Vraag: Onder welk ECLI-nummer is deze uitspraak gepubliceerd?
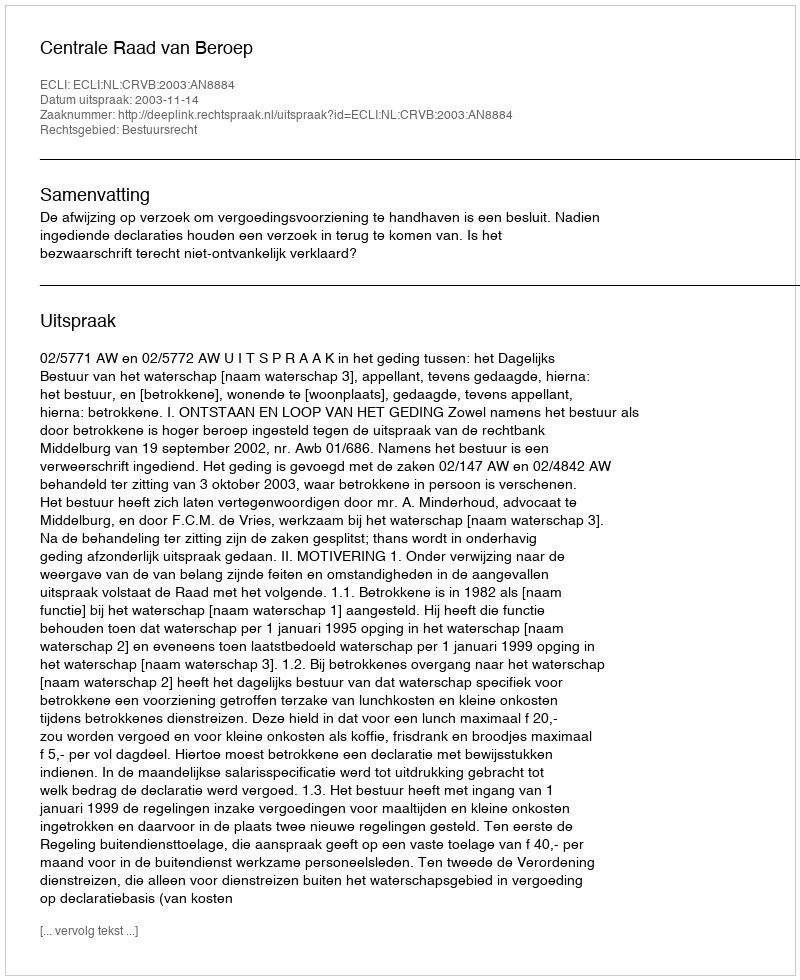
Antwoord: ECLI:NL:CRVB:2003:AN8884